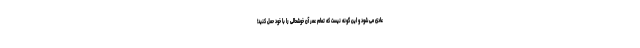
عادی می شود و این گونه نیست که تمام عمر آن خوشحالی را با خود حمل کنید!